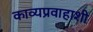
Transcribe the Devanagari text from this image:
काव्यप्रवाहाशी